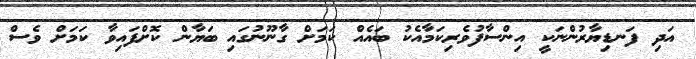
އަދި ފަނޑިޔާރުންނަކީ އިންސާފުވެރިކަމާއެކު ބައެއް ކަމަށް ގާނޫނުގައި ބަޔާން ކޮށްފައިވާ ކަމަށް ވެސް